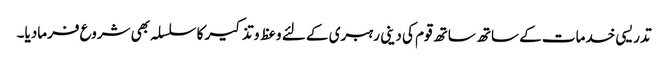
تدریسی خدمات کے ساتھ ساتھ قوم کی دینی رہبری کے لئے وعظ و تذکیر کا سلسلہ بھی شروع فرمادیا۔